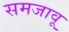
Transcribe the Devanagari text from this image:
समजावू